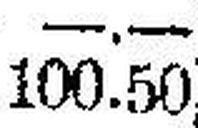
100.50